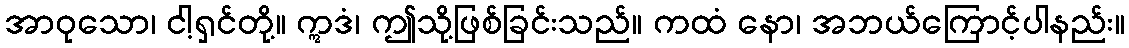
အာဝုသော၊ ငါ့ရှင်တို့။ ဣဒံ၊ ဤသို့ဖြစ်ခြင်းသည်။ ကထံ နော၊ အဘယ်ကြောင့်ပါနည်း။